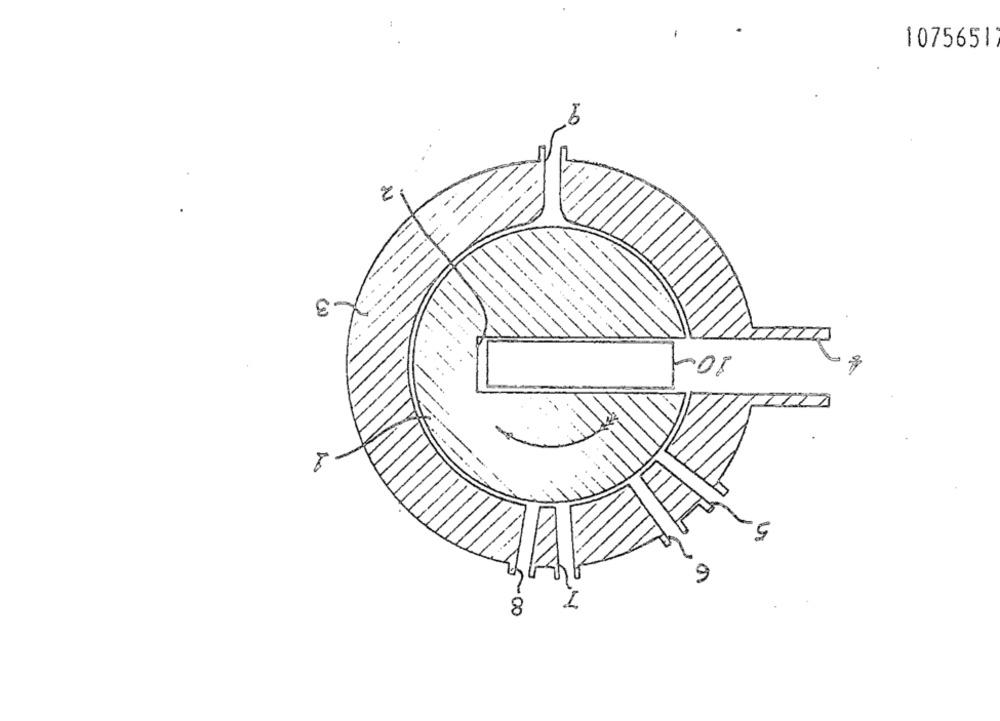
1075651
9
3
10-
-
S
8